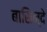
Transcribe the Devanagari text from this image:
बासिन्दे